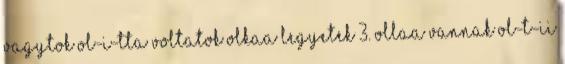
vagytok ol-i-tta voltatok olkaa legyetek 3. ollaa vannak ol-t-ii